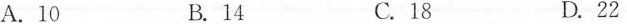
A.10 B.14 C.18 D.22